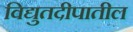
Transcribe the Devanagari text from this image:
विद्युतदीपातील